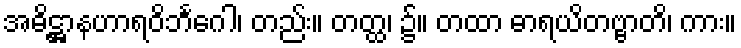
အဓိဋ္ဌာနဟာရဝိဘင်္ဂေါ၊ တည်း။ တတ္ထ၊ ၌။ တထာ ဓာရယိတဗ္ဗာတိ၊ ကား။